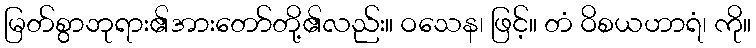
မြတ်စွာဘုရား၏အားတော်တို့၏လည်း။ ဝသေန၊ ဖြင့်။ တံ ဝိစယဟာရံ၊ ကို။